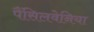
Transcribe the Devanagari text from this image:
पैंसिलवेनिया